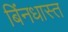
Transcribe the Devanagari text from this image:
बिंनधास्त